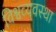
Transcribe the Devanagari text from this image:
विश्वव्यवस्था